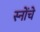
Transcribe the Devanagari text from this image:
स्नोंचे